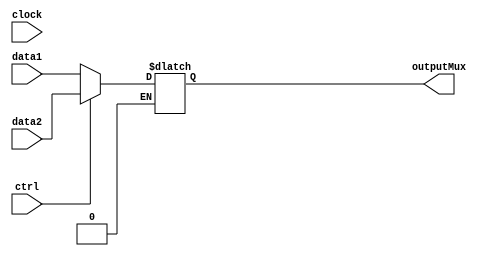
module MUXRegisters(clock, data1, data2, ctrl, outputMux);

    input [2:0]data1;
    input [2:0]data2;
    input ctrl;
    input clock;

    output reg [2:0]outputMux;

    always @ (clock)begin
        if(ctrl == 0)begin
            outputMux = data1;
        end if(ctrl == 1)begin
            outputMux = data2;
        end
    end
endmodule